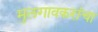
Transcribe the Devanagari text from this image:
मुलगावकरांचा